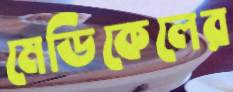
মেডিকেলের